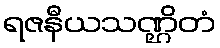
ရဇနီယသဏ္ဌိတံ